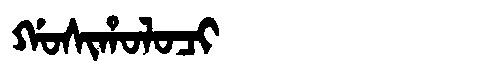
Manchu: ᡤᠣᠰᡳᡥᠣᠯᠣᠴᡳ
Romanization: GOSIHOLOCI